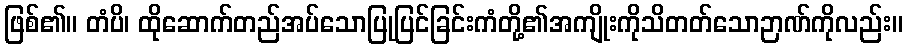
ဖြစ်၏။ တံပိ၊ ထိုဆောက်တည်အပ်သောပြုပြင်ခြင်းကံတို့၏အကျိုးကိုသိတတ်သောဉာဏ်ကိုလည်း။